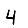
Digit: 4